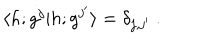
\langle h ; g ^ { j } \vert h ; g ^ { j ^ { \prime } } \rangle = \delta _ { j , j ^ { \prime } } { } ~ .